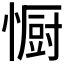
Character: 𭞭